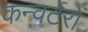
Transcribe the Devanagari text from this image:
कन्वर्टरों